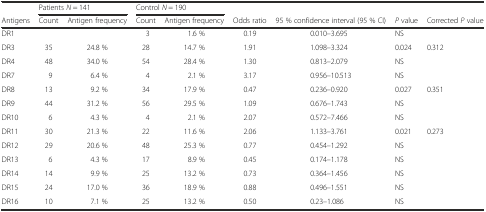
|  | <COLSPAN=2> Patients N = 141 | <COLSPAN=2> Control N = 190 |  |  |  |  |
 | Antigens | Count | Antigen frequency | Count | Antigen frequency | Odds ratio | 95 % confidence interval (95 % CI) | P value | Corrected P value |
 | --- | --- | --- | --- | --- | --- | --- | --- | --- |
 | DR1 |  |  | 3 | 1.6 % | 0.19 | 0.010–3.695 | NS |  |
 | DR3 | 35 | 24.8 % | 28 | 14.7 % | 1.91 | 1.098–3.324 | 0.024 | 0.312 |
 | DR4 | 48 | 34.0 % | 54 | 28.4 % | 1.30 | 0.813–2.079 | NS |  |
 | DR7 | 9 | 6.4 % | 4 | 2.1 % | 3.17 | 0.956–10.513 | NS |  |
 | DR8 | 13 | 9.2 % | 34 | 17.9 % | 0.47 | 0.236–0.920 | 0.027 | 0.351 |
 | DR9 | 44 | 31.2 % | 56 | 29.5 % | 1.09 | 0.676–1.743 | NS |  |
 | DR10 | 6 | 4.3 % | 4 | 2.1 % | 2.07 | 0.572–7.466 | NS |  |
 | DR11 | 30 | 21.3 % | 22 | 11.6 % | 2.06 | 1.133–3.761 | 0.021 | 0.273 |
 | DR12 | 29 | 20.6 % | 48 | 25.3 % | 0.77 | 0.454–1.292 | NS |  |
 | DR13 | 6 | 4.3 % | 17 | 8.9 % | 0.45 | 0.174–1.178 | NS |  |
 | DR14 | 14 | 9.9 % | 25 | 13.2 % | 0.73 | 0.364–1.456 | NS |  |
 | DR15 | 24 | 17.0 % | 36 | 18.9 % | 0.88 | 0.496–1.551 | NS |  |
 | DR16 | 10 | 7.1 % | 25 | 13.2 % | 0.50 | 0.23–1.086 | NS |  |